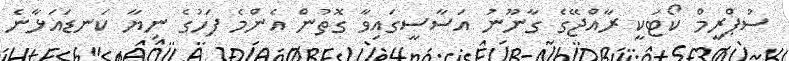
ސުޕްރީމް ކޯޓަކީ ރާއްޖޭގެ ގާނޫނު އަސާސީގައިވާ ގޮތުން އެންމެ ފަހުގެ ނިޔާ ކަނޑައަޅާނެ